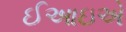
ઈઆઇએ